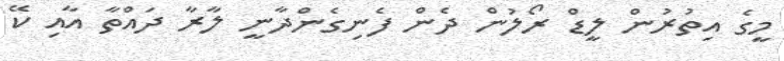
މީގެ އިތުރުން ލީޑް ރޯލުން ދެން ފެނިގެންދާނީ ލާރާ ދައްތާ އާއި ކޭ